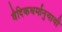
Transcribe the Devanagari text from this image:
वैदिकधर्मानुयायी